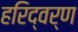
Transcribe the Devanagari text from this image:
हरिद्वर्ण